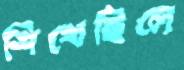
শিখেছিলে